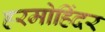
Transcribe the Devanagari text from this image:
हरमोहिंदर